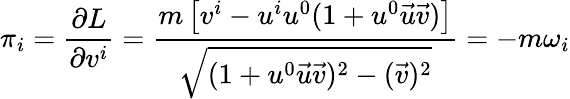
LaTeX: \pi_{i}=\frac{\partial L}{\partial v^{i}}=\frac{{m}\left[v^{i}-u^{i}u^{0}(1+u^{0}\vec{u}\vec{v})\right]}{\sqrt{(1+u^{0}\vec{u}\vec{v})^{2}-(\vec{v})^{2}}}=-m\omega_{i}